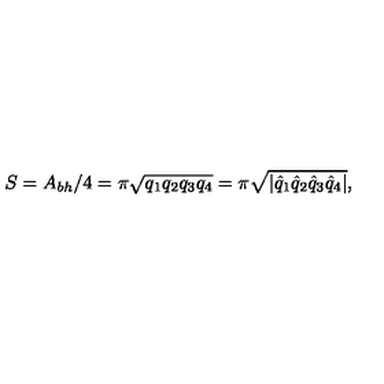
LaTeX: S = A _ { b h } / 4 = \pi \sqrt { q _ { 1 } q _ { 2 } q _ { 3 } q _ { 4 } } = \pi \sqrt { | \hat { q } _ { 1 } \hat { q } _ { 2 } \hat { q } _ { 3 } \hat { q } _ { 4 } | } ,